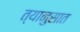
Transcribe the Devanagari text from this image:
त्यानुसात